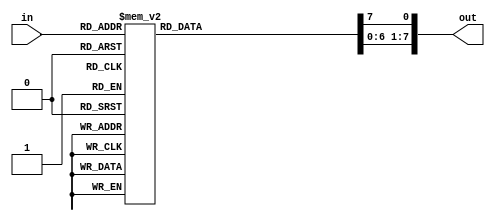
module decoder( in,out);
input [2:0]  in;
output reg [7:0] out;

 always @(in)
	begin
          out=8'd0;
          case (in)
              3'b000: out[0]=1'b1;
              3'b001: out[1]=1'b1;
              3'b010: out[2]=1'b1;
              3'b011: out[3]=1'b1;
              3'b100: out[4]=1'b1;
              3'b101: out[5]=1'b1;
              3'b110: out[6]=1'b1;
              3'b111: out[7]=1'b1;
              default: out=8'd0;
          endcase
end
endmodule